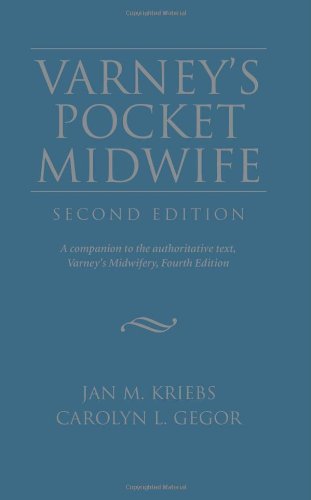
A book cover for Varney's Pocket Midwife; Jan M. Kriebs; Medical Books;